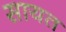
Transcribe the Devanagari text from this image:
सायत